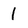
Character: 1